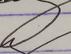
Signature authenticity: genuine